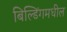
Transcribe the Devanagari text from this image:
बिल्डिंगमधील